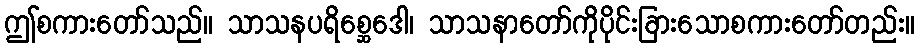
ဤစကားတော်သည်။ သာသနပရိစ္ဆေဒေါ၊ သာသနာတော်ကိုပိုင်းခြားသောစကားတော်တည်း။